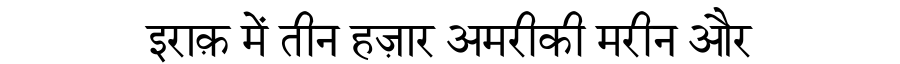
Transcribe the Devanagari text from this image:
इराक़ में तीन हज़ार अमरीकी मरीन और